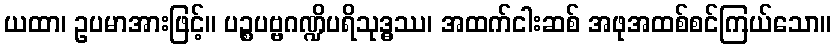
ယထာ၊ ဥပမာအားဖြင့်။ ပဉ္စပဗ္ဗဂဏ္ဍိပရိသုဒ္ဓဿ၊ အထက်ငါးဆစ် အဖုအထစ်စင်ကြယ်သော။